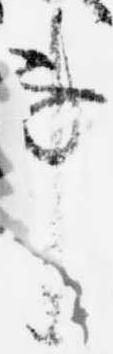
事